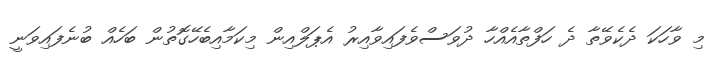
މި ވާހަކަ ދެކެވޭތާ ދެ ހަފްތާއެއްހާ ދުވަސްވެފައިވާއިރު އެޕަލްއިން މިކަމާއިބެހޭގޮތުން ބަހެއް ބުނެފައިވަނީ